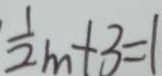
\frac { 1 } { 2 } m + 3 = 1